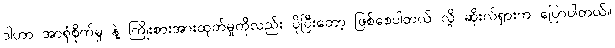
ဒါဟာ အာရုံစိုက်မှု နဲ့ ကြိုးစားအားထုတ်မှုကိုလည်း ပိုပြီးတော့ ဖြစ်စေပါတယ် လို့ ဆိုးလ်ရှားက ပြောပါတယ်။